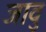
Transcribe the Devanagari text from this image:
जावु